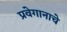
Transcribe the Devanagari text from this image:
प्रवेगानाचे